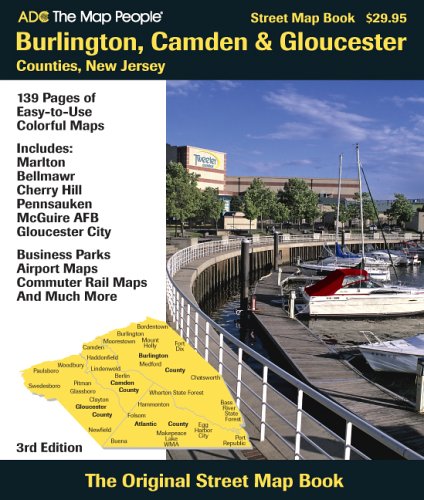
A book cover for ADC The Map People Burlington, Camden & Gloucester Counties, New Jersey: Street Map Book; Adc The Map People; Travel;